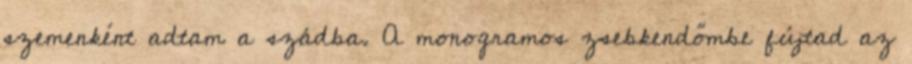
szemenként adtam a szádba. A monogramos zsebkendőmbe fújtad az